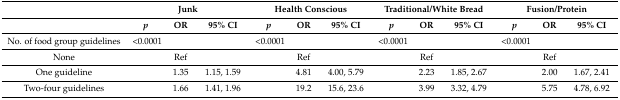
|  | <COLSPAN=3> Junk | <COLSPAN=3> Health Conscious | <COLSPAN=3> Traditional/White Bread | <COLSPAN=3> Fusion/Protein |
 |  | p | OR | 95% CI | p | OR | 95% CI | p | OR | 95% CI | p | OR | 95% CI |
 | --- | --- | --- | --- | --- | --- | --- | --- | --- | --- | --- | --- | --- |
 | No. of food group guidelines | <0.0001 |  |  | <0.0001 |  |  | <0.0001 |  |  | <0.0001 |  |  |
 | None |  | Ref |  |  | Ref |  |  | Ref |  |  | Ref |  |
 | One guideline |  | 1.35 | 1.15, 1.59 |  | 4.81 | 4.00, 5.79 |  | 2.23 | 1.85, 2.67 |  | 2.00 | 1.67, 2.41 |
 | Two-four guidelines |  | 1.66 | 1.41, 1.96 |  | 19.2 | 15.6, 23.6 |  | 3.99 | 3.32, 4.79 |  | 5.75 | 4.78, 6.92 |